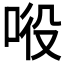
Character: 𱒵